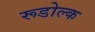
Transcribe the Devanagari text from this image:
रूडोल्क